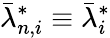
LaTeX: \bar{\lambda}_{n,i}^{*}\equiv\bar{\lambda}_{i}^{*}